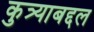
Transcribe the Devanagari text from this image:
कुत्र्याबद्दल